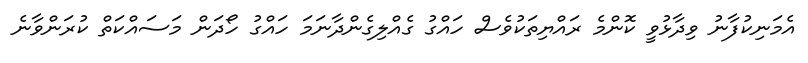
އެމަނިކުފާނު ވިދާޅުވީ ކޮންމެ ރައްޔިތަކުވެސް ހައްގު ގެއްލިގެންދާނަމަ ހައްގު ހޯދަން މަސައްކަތް ކުރަންވާނެ